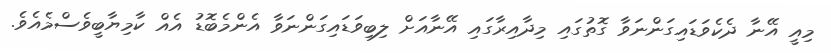
މިއީ އޭނާ ދެކެވަޑައިގަންނަވާ ގޮތުގައި މިދާއިރާގައި އޭނާއަށް ލިބިވަޑައިގަންނަވާ އެންމެބޮޑު އެއް ކާމިޔާބީވެސްމެއެވެ.